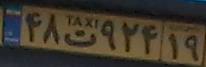
۴۸ت۹۲۴۱۹